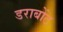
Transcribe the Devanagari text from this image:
डराबोंट